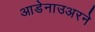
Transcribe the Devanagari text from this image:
आडेनाउअरने